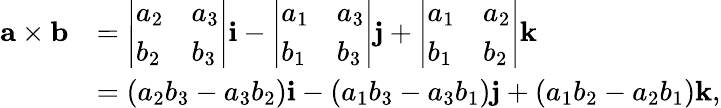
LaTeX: {\begin{array}{rl}{\mathbf{a\times b}}&{={\left|\begin{array}{ll}{a_{2}}&{a_{3}}\\ {b_{2}}&{b_{3}}\end{array}\right|}\mathbf{i}-{\left|\begin{array}{ll}{a_{1}}&{a_{3}}\\ {b_{1}}&{b_{3}}\end{array}\right|}\mathbf{j}+{\left|\begin{array}{ll}{a_{1}}&{a_{2}}\\ {b_{1}}&{b_{2}}\end{array}\right|}\mathbf{k}}\\ &{=(a_{2}b_{3}-a_{3}b_{2})\mathbf{i}-(a_{1}b_{3}-a_{3}b_{1})\mathbf{j}+(a_{1}b_{2}-a_{2}b_{1})\mathbf{k},}\end{array}}